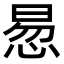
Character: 惖